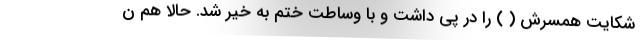
شکایت همسرش ( ) را در پی داشت و با وساطت ختم به خیر شد. حالا هم ن